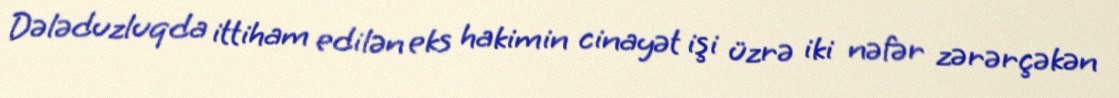
Dələduzluqda ittiham edilən eks hakimin cinayət işi üzrə iki nəfər zərərçəkən